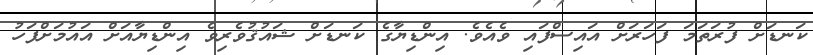
ކަނޑަށް ފުރަތަމަ ފަހަރަށް އައިސްފައި ވެއެވެ. އިންޑިޔާގެ ކަނޑަށް ޝައުޤުވެރިވެ އިންޑިޔާއަށް އައުމަށްފަހު